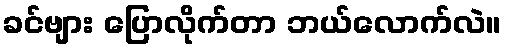
ခင်ဗျား ပြောလိုက်တာ ဘယ်လောက်လဲ။